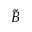
\widetilde { B }